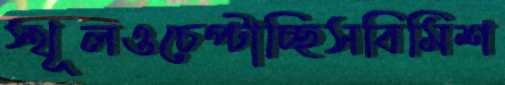
স্থূলওচেপ্‌টাচ্ছিসবিমিশ